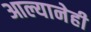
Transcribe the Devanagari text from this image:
आल्यानेही